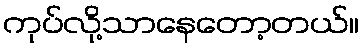
ကုပ်လို့သာနေတော့တယ်။